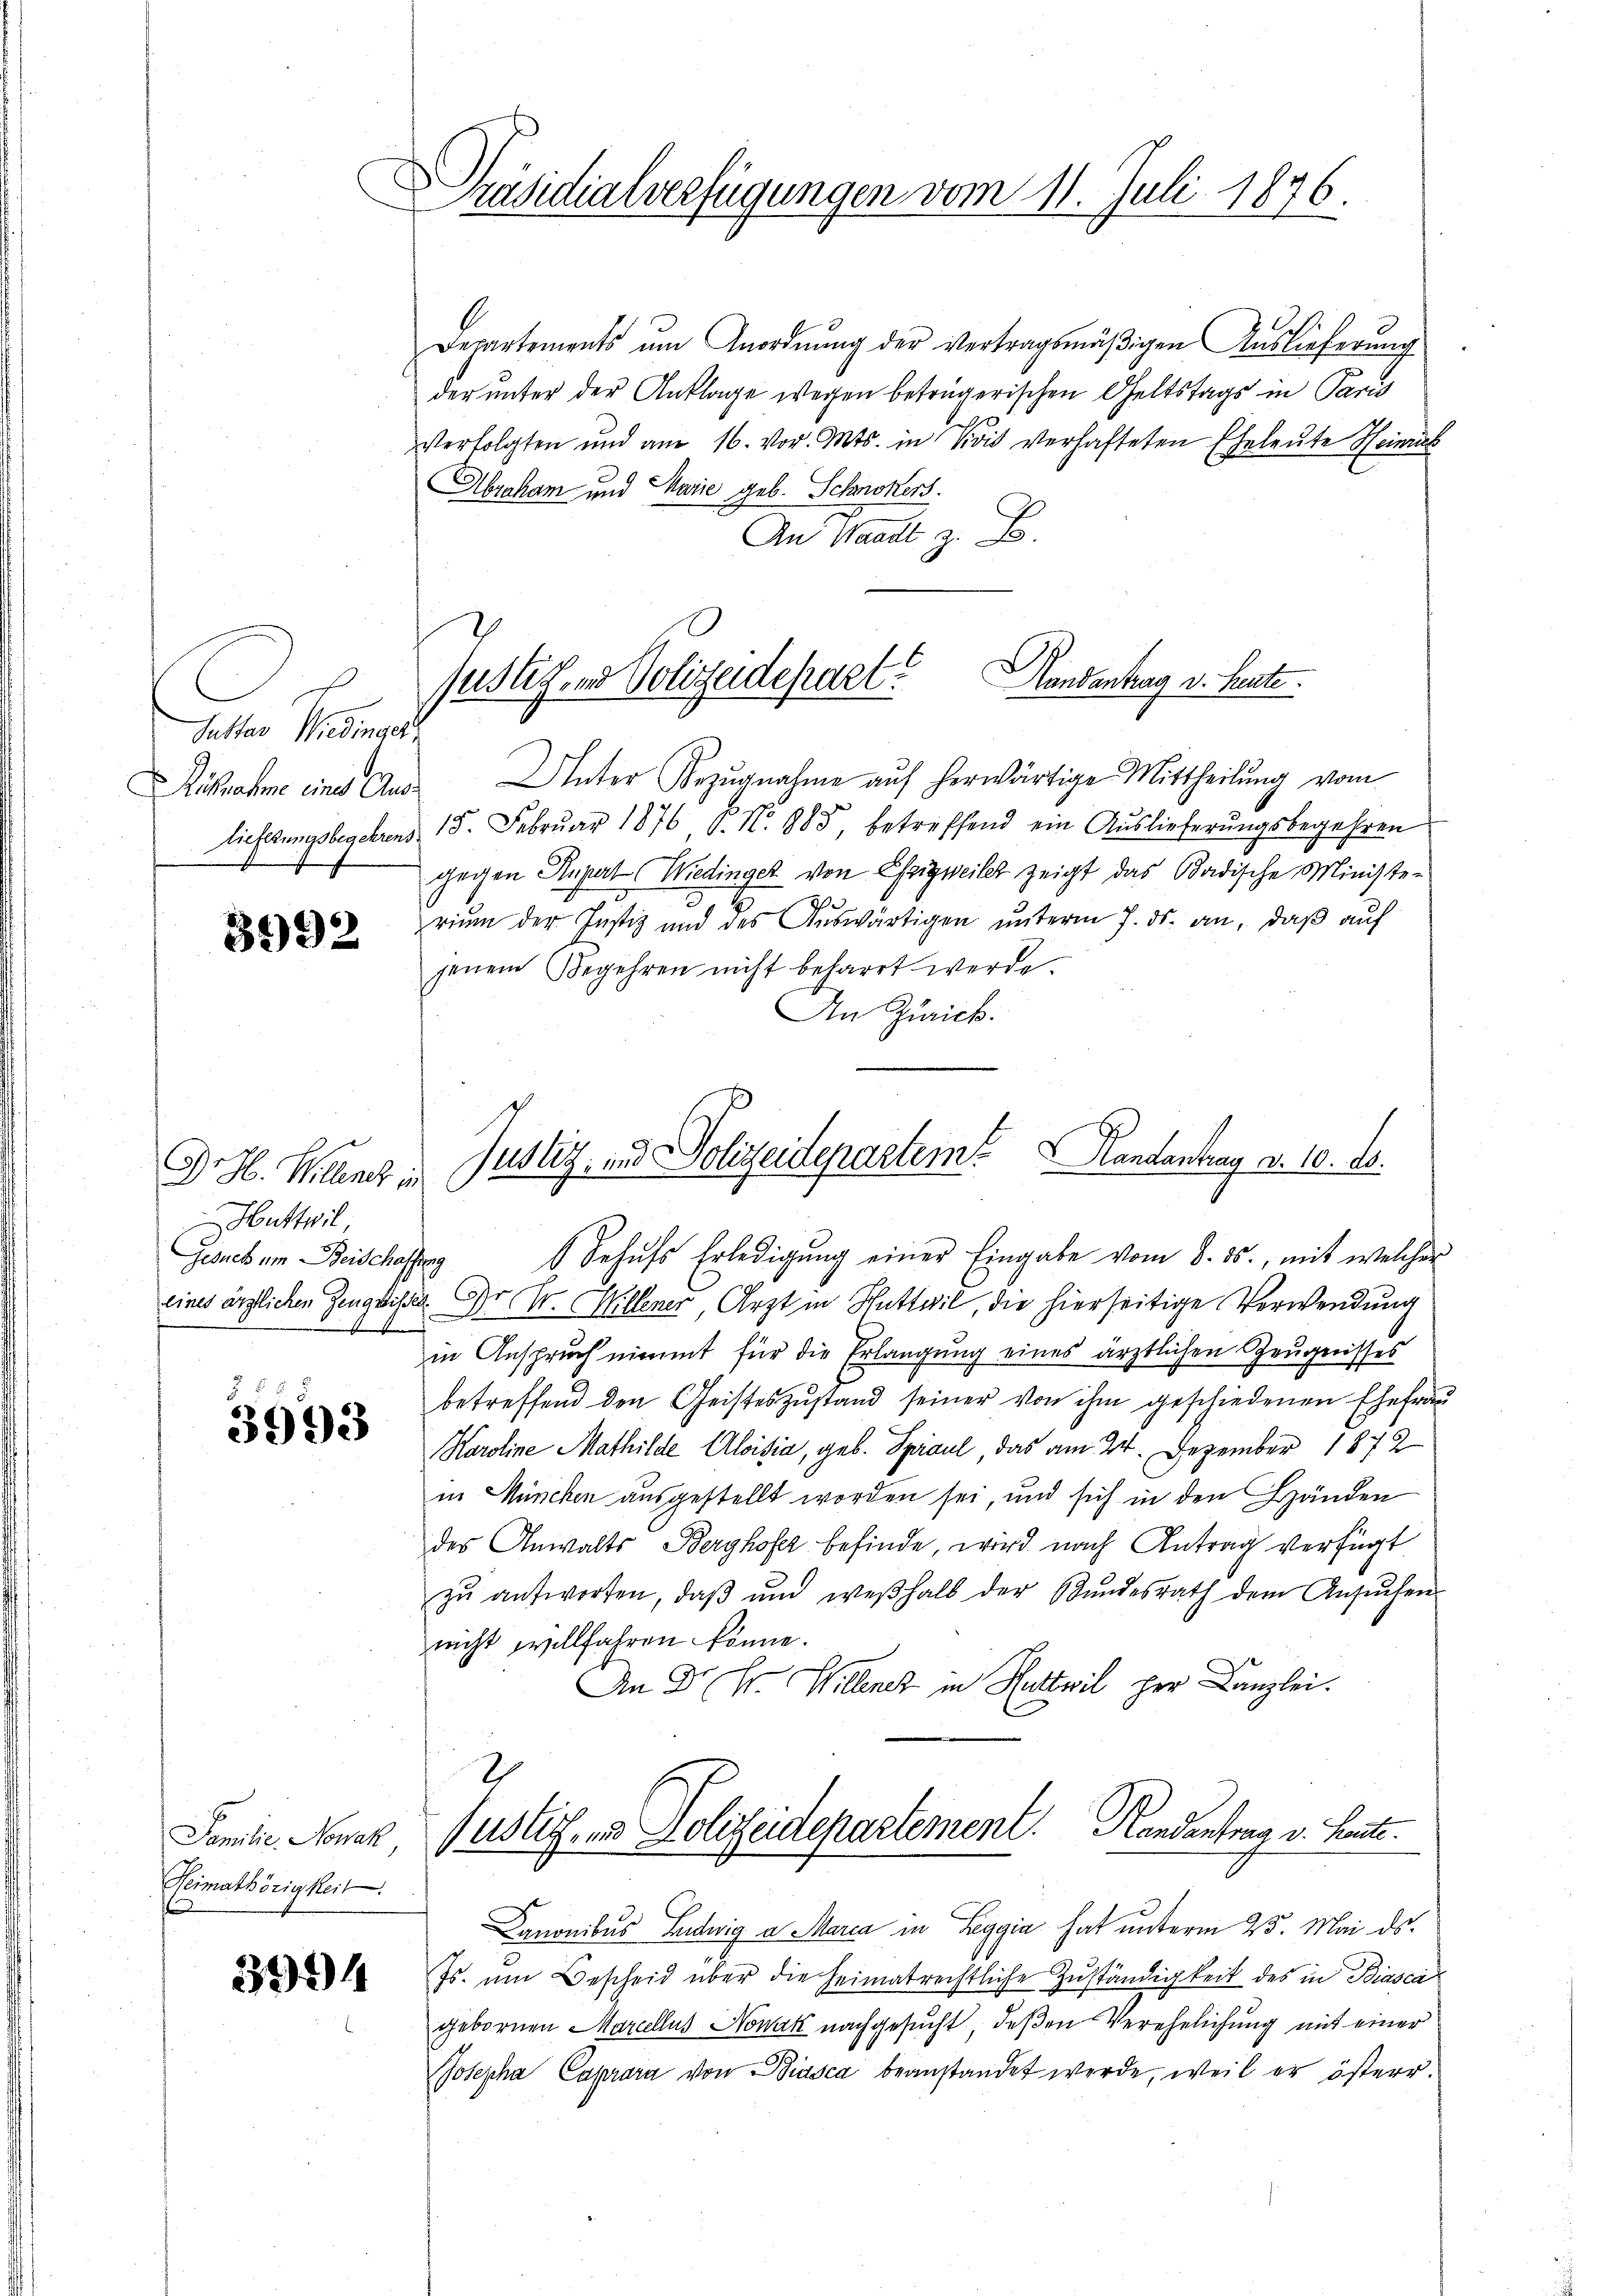
Sutter Wiedinger
Ausnahme eine Aus¬

3992

Dr. H. Willence in
Huttwil
f

3993

Familie Nowak
Heimathörigkeit.

3994

Präsidialverfügungen vom 11. Juli 1876.

Departements ŭm Anordnŭng der vertragsmäβigen Auslieferung
der unter der Anklage wegen beträgerischen Geltstags in Paris
Verfolgten und am 16. vor. Mts. in Vivis verhafteten Eheleute Heinrich
Abraham und Marie geb. Schnokers.
An Waadt z. B.
Unter Bezŭgnahme auf herwärtige Mittheilung vom
lieferungsbegehrens 15. Febrŭar 1876 S. Nr. 885, betreffend ein Auslieferŭngsbegehren
gegen Supert Wiedinger von Essigweiler zeigt das Badische Ministe-
riŭm der Justiz und des Aŭswärtigen ŭnterm 7. ds. an, daβ aŭf
jenem Begehren nicht beharrt werde.
An Zürick.

justiz- und Polizeidepart andentrag v. heute.

Justiz- und Polizeidepartem Randantrag d. 10. ds.

Justiz- und Polizeidepartement. Handentrag v. Leute.

Gesuch um Beischaffung behŭfs Erledigŭng einer Eingabe vom 8. ds., mit welcher
eines ärztlichen Zeugnisse. Er V. Willener, Arzt in Huttwil, die hierseitige Verwendung
in Anspruch nimmt für die Erlangung eines ärztlichen Zeugnisses
betreffend den Geisteszŭstand seiner von ihm geschiedenen Ehefrau
Karoline Mathilde Aloisia, geb. Spraul, das am 24. Dezember 1872
in München ausgestellt worden sei, und sich in den Händen
des Anwalts Berghofer befinde, wird nach Antrag verfügt
zŭ antworten, daβ ŭnd weshalb der Stŭndesrath dem Ansŭchen
nicht willfahren könne.
An Dr A. Willenz in Ruttwil per Kanzlei.
7

Danonibus Ludwig a Maria in Leggia hat unterm 25. Mai ds.
Js. um Bescheid über die Heimatrechtliche Zuständigkeit des in Biasca
gebornen Marcellus Nowak nachgesucht, deßen Verehelichung mit einer
Josepha Caprara von Biasca beanstandet werde, weil er österr.